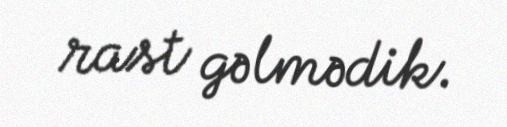
rast gəlmədik.